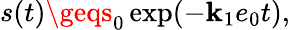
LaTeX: s(t)\geqs_{0}\exp(-\mathbf{k}_{1}e_{0}t),